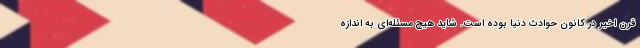
قرن اخیر در کانون حوادث دنیا بوده است. شاید هیچ مسئله‌ای به اندازه